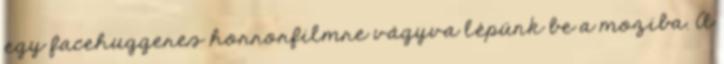
egy facehuggeres horrorfilmre vágyva lépünk be a moziba. A